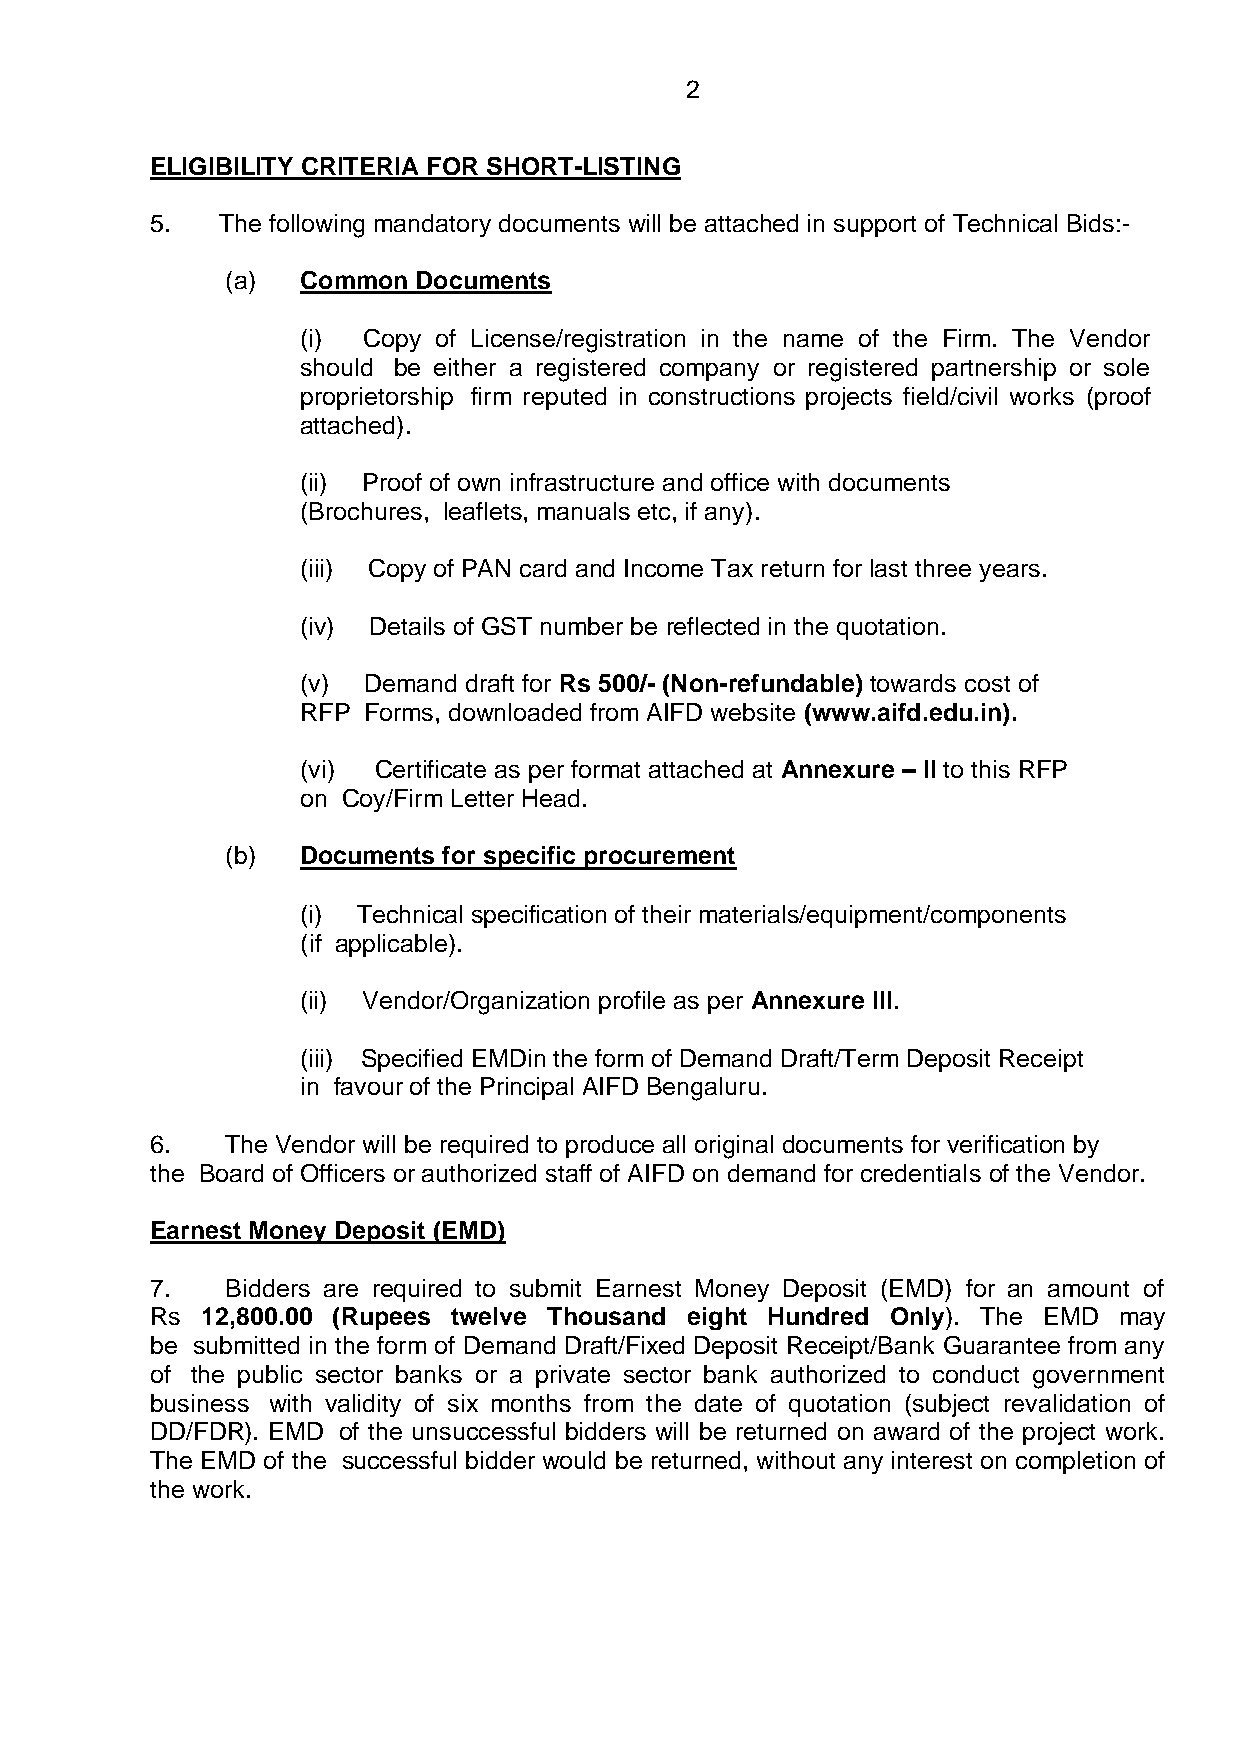
2
 ELIGIBILITY CRITERIA FOR SHORT-LISTING
 5.   The following mandatory documents will be attached in support of Technical Bids:-
 (a)  Common Documents
 (i) Copy of License/registration in the name of the Firm. The Vendor
 should be either a registered company or registered partnership or sole
 proprietorship firm reputed in constructions projects field/civil works (proof
 attached).
 (ii) Proof of own infrastructure and office with documents
 (Brochures, leaflets, manuals etc, if any).
 (iii) Copy of PAN card and Income Tax return for last three years.
 (iv) Details of GST number be reflected in the quotation.
 (v) Demand draft for Rs 500/- (Non-refundable) towards cost of
 RFP Forms, downloaded from AIFD website (www.aifd.edu.in).
 (vi) Certificate as per format attached at Annexure – II to this RFP
 on Coy/Firm Letter Head.
 (b)  Documents for specific procurement
 (i) Technical specification of their materials/equipment/components
 (if applicable).
 (ii) Vendor/Organization profile as per Annexure III.
 (iii) Specified EMDin the form of Demand Draft/Term Deposit Receipt
 in favour of the Principal AIFD Bengaluru.
 6.   The Vendor will be required to produce all original documents for verification by
 the Board of Officers or authorized staff of AIFD on demand for credentials of the Vendor.
 Earnest Money Deposit (EMD)
 7.   Bidders are required to submit Earnest Money Deposit (EMD) for an amount of
 Rs 12,800.00 (Rupees twelve Thousand eight Hundred Only). The EMD may
 be submitted in the form of Demand Draft/Fixed Deposit Receipt/Bank Guarantee from any
 of the public sector banks or a private sector bank authorized to conduct government
 business with validity of six months from the date of quotation (subject revalidation of
 DD/FDR). EMD of the unsuccessful bidders will be returned on award of the project work.
 The EMD of the successful bidder would be returned, without any interest on completion of
 the work.